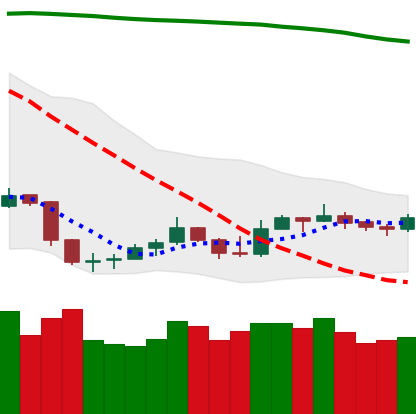
Ticker: LTC-USD
Chart end date: 2019-09-14
Forward return: 9.208%
Label: up_7plus